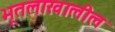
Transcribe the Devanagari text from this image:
भूतलाखालील